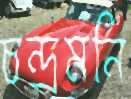
চন্দ্রমনি